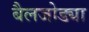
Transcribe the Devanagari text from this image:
बैलजोड्या